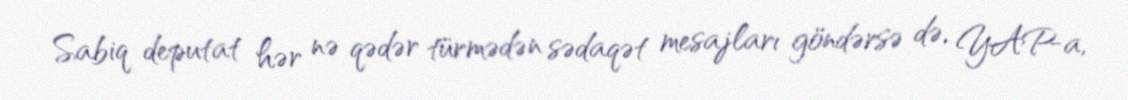
Sabiq deputat hər nə qədər türmədən sədaqət mesajları göndərsə də, YAP-a,